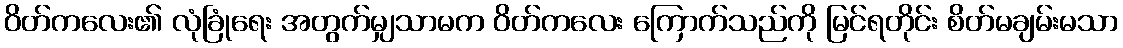
ဝိတ်ကလေး၏ လုံခြုံရေး အတွက်မျှသာမက ဝိတ်ကလေး ကြောက်သည်ကို မြင်ရတိုင်း စိတ်မချမ်းမသာ